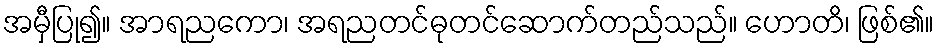
အမှီပြု၍။ အာရညကော၊ အရညတင်ဓုတင်ဆောက်တည်သည်။ ဟောတိ၊ ဖြစ်၏။